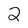
Character: 2